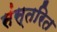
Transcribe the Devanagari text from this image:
संस्तरित